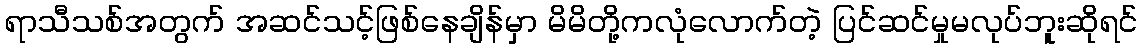
ရာသီသစ်အတွက် အဆင်သင့်ဖြစ်နေချိန်မှာ မိမိတို့ကလုံလောက်တဲ့ ပြင်ဆင်မှုမလုပ်ဘူးဆိုရင်